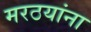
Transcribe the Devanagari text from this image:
मरठयांना